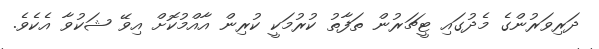
ދަރިވަރުންގެ މެދުގައި ޓީޗަރުން ތަފާތު ކުރުމަކީ ކުރިން އާއްމުކޮށް އިވޭ ޝަކުވާ އެކެވެ.